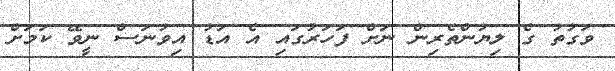
ވަގުތު ގެ ލިޔުންތެރިން ނަށް ފަހަރުގައި އެ އަޑު އިވުނަސް ނީވޭ ކަމަށް